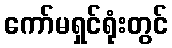
ကော်မရှင်ရုံးတွင်